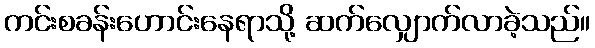
ကင်းစခန်းဟောင်းနေရာသို့ ဆက်လျှောက်လာခဲ့သည်။